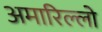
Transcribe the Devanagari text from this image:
अमारिल्लो